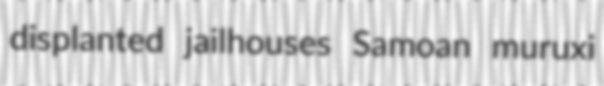
displanted jailhouses Samoan muruxi